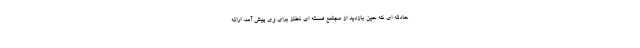
حادثه ای که حین بازدید از مجتمع هسته ای نطنز برای وی پیش آمد، ارائه